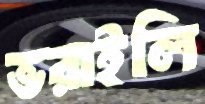
ভরাইলি